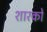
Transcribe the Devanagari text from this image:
शारकों